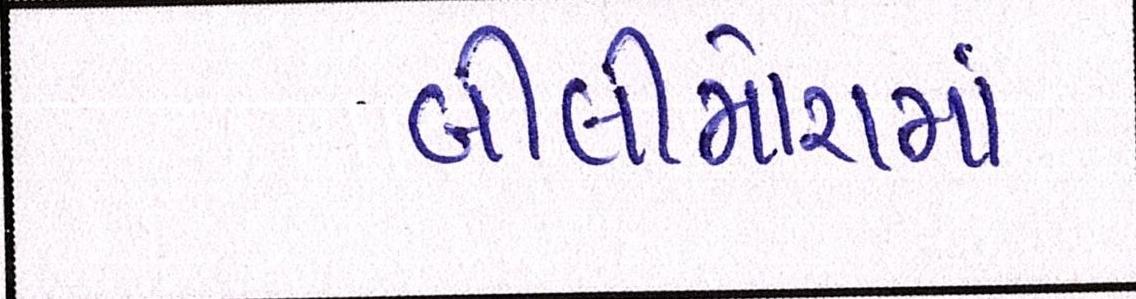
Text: બીલીમોરામાં